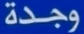
وجدة